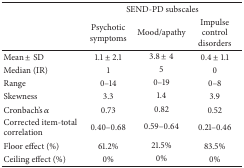
<table><thead><tr><td><b> </b></td><td colspan="3"><b>SEND-PD subscales</b></td></tr><tr><td><b> </b></td><td><b>Psychotic symptoms</b></td><td><b>Mood/apathy</b></td><td><b>Impulse control disorders</b></td></tr></thead><tbody><tr><td>Mean ± SD</td><td>1.1 ± 2.1</td><td>3.8 ± 4</td><td>0.4 ± 1.1</td></tr><tr><td>Median (IR)</td><td>1</td><td>5</td><td>0</td></tr><tr><td>Range</td><td>0–14</td><td>0–19</td><td>0–8</td></tr><tr><td>Skewness</td><td>3.3</td><td>1.4</td><td>3.9</td></tr><tr><td>Cronbach&#x27;s <i>α</i></td><td>0.73</td><td>0.82</td><td>0.52</td></tr><tr><td>Corrected item-total correlation</td><td>0.40–0.68</td><td>0.59–0.64</td><td>0.21–0.46</td></tr><tr><td>Floor effect (%)</td><td>61.2%</td><td>21.5%</td><td>83.5%</td></tr><tr><td>Ceiling effect (%)</td><td>0%</td><td>0%</td><td>0%</td></tr></tbody></table>